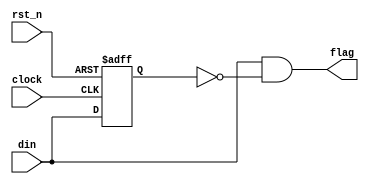
//
//Edge detect
//

module edge_detect (
  clock,
  rst_n,
  din,
  flag
);

  input             clock;
  input             rst_n;
  input             din;
  output            flag;

   //temp reg
  reg               d1;

  always @( posedge clock or negedge rst_n ) begin
    if(~rst_n) begin
        d1 <= 1'b0;
    end
    else begin
        d1 <= din;
    end
  end

   //detect rising edge 
  assign flag = ( din & ~d1 );
//     //detect falling edge 
//    assign flag = ( ~din & d1 );
//     //detect rising edge & falling edge method1
//    assign flag = ( din & ~d1 ) | ( ~din & d1 );
//     //detect rising edge & falling edge method2
//    assign flag = ( din ^ d1 );

endmodule